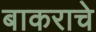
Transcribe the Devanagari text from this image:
बाकराचे